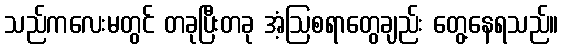
သည်ကလေးမတွင် တခုပြီးတခု အံ့ဩစရာတွေချည်း တွေ့နေရသည်။